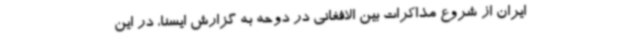
ایران از شروع مذاکرات بین الافغانی در دوحه به گزارش ایسنا، در این